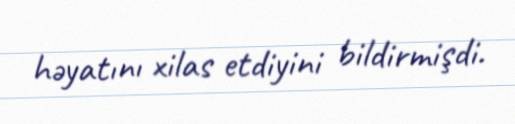
həyatını xilas etdiyini bildirmişdi.